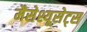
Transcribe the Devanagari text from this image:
मैसेश्यूसेट्स